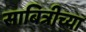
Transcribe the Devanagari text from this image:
साबित्रीच्या